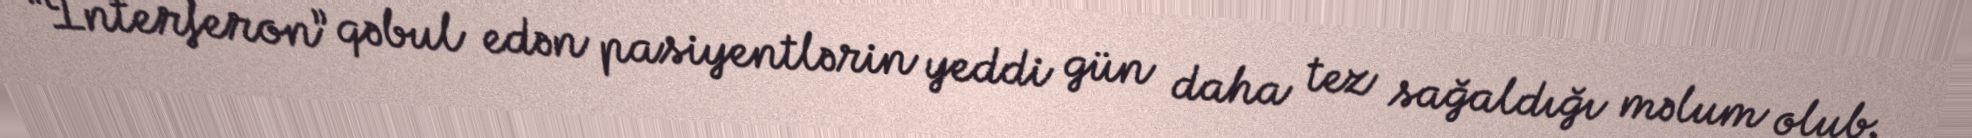
“İnterferon” qəbul edən pasiyentlərin yeddi gün daha tez sağaldığı məlum olub.